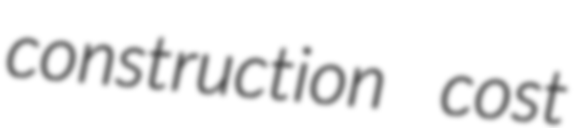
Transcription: construction cost